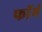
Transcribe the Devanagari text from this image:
फाॅर्म